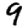
Digit: 9